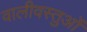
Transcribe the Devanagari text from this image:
वालीवस्तुओं